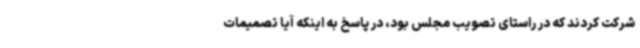
شرکت کردند که در راستای تصویب مجلس بود، در پاسخ به اینکه آیا تصمیمات